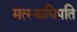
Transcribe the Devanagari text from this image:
मत्स्याधिपति